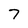
Character: 7